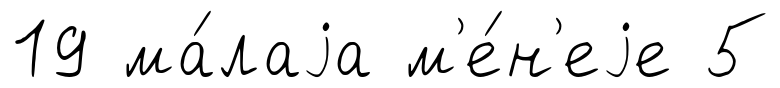
19 ма́лаjа м'е́н'еjе 5